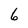
Character: 6